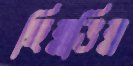
ছিন্নভিন্ন